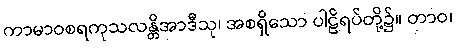
ကာမာဝစရကုသလန္တိအာဒီသု၊ အစရှိသော ပါဠိရပ်တို့၌။ တာဝ၊